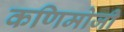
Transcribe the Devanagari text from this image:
कणिमोजी